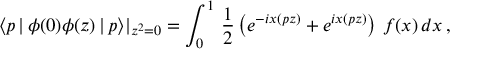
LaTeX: \langle p \, | \, \phi ( 0 ) \phi ( z ) \, | \, p \rangle | _ { z ^ { 2 } = 0 } = \int _ { 0 } ^ { 1 } \, \frac 1 { 2 } \left( e ^ { - i x ( p z ) } + e ^ { i x ( p z ) } \right) \, f ( x ) \, d x \, ,